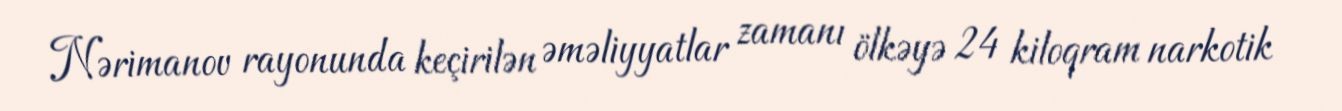
Nərimanov rayonunda keçirilən əməliyyatlar zamanı ölkəyə 24 kiloqram narkotik